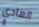
الهادي